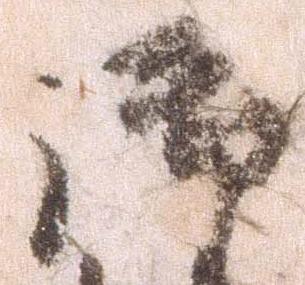
御